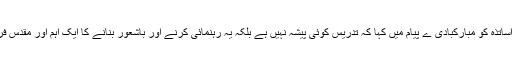
مودی نے اساتذہ کو مبارکبادی ے پیام میں کہا کہ تدریس کوئی پیشہ نہیں ہے بلکہ یہ رہنمائی کرنے اور باشعور بنانے کا ایک اہم اور مقدس فریضہ ہے ۔